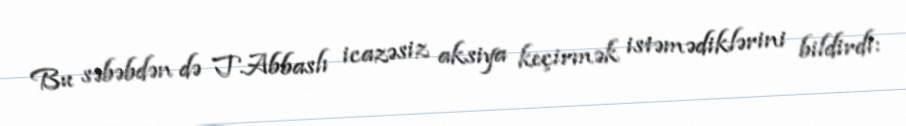
Bu səbəbdən də T.Abbaslı icazəsiz aksiya keçirmək istəmədiklərini bildirdi: